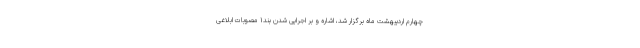
چهارم اردیبهشت ماه برگزار شد، اشاره و بر اجرایی شدن بند۱ مصوبات ابلاغی